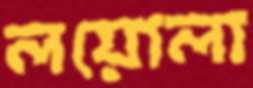
লয়োলা